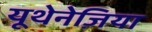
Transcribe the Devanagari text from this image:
यूथेनेज़िया